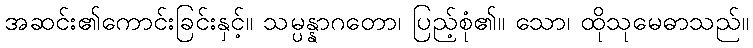
အဆင်း၏ကောင်းခြင်းနှင့်။ သမ္ပန္နာဂတော၊ ပြည့်စုံ၏။ သော၊ ထိုသုမေဓာသည်။